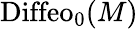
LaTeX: \mathrm{Diffeo}_{0}(M)